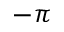
- \pi